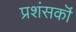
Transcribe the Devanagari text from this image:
प्रशंसकॊं